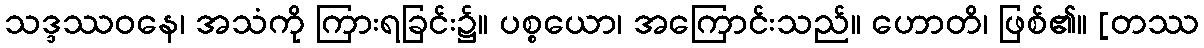
သဒ္ဒဿဝနေ၊ အသံကို ကြားရခြင်း၌။ ပစ္စယော၊ အကြောင်းသည်။ ဟောတိ၊ ဖြစ်၏။ [တဿ